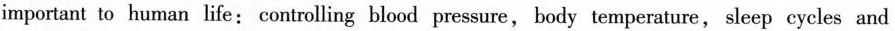
important to human life:controlling blood pressure,body temperature,sleep cycles and